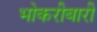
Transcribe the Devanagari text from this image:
भोकरीबारी